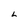
Character: L